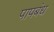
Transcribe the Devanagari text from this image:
पापबंध